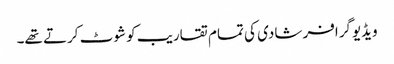
ویڈیوگرافر شادی کی تمام تقاریب کو شوٹ کرتے تھے۔